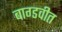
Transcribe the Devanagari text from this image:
बाग्डवीत